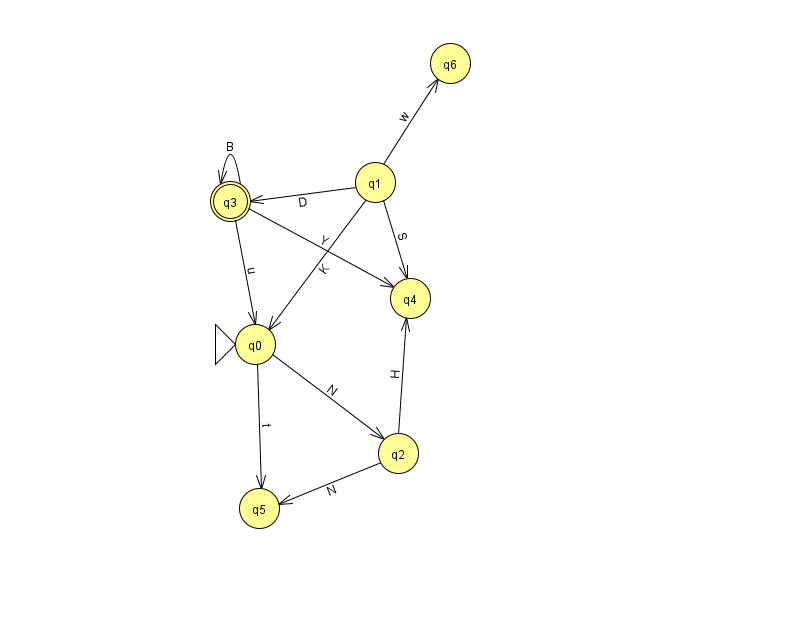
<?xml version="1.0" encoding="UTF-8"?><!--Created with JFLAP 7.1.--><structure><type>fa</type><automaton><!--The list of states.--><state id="0" name="q0"><x>255.0</x><y>331.0</y><initial/></state><state id="1" name="q1"><x>375.0</x><y>169.0</y></state><state id="2" name="q2"><x>398.0</x><y>440.0</y></state><state id="3" name="q3"><x>230.0</x><y>188.0</y><final/></state><state id="4" name="q4"><x>410.0</x><y>285.0</y></state><state id="5" name="q5"><x>259.0</x><y>495.0</y></state><state id="6" name="q6"><x>450.0</x><y>50.0</y></state><!--The list of transitions.--><transition><from>0</from><to>2</to><read>N</read></transition><transition><from>0</from><to>5</to><read>t</read></transition><transition><from>1</from><to>3</to><read>D</read></transition><transition><from>2</from><to>4</to><read>H</read></transition><transition><from>3</from><to>0</to><read>u</read></transition><transition><from>3</from><to>3</to><read>B</read></transition><transition><from>2</from><to>5</to><read>N</read></transition><transition><from>1</from><to>4</to><read>S</read></transition><transition><from>1</from><to>0</to><read>K</read></transition><transition><from>3</from><to>4</to><read>Y</read></transition><transition><from>1</from><to>6</to><read>w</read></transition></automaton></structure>